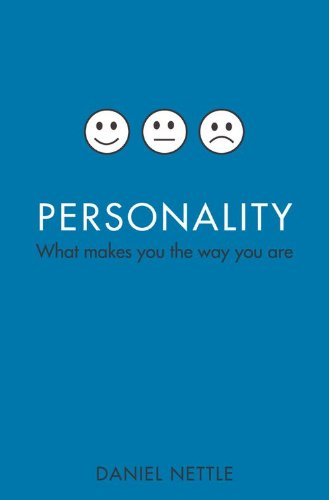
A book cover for Personality: What Makes You the Way You Are; Daniel Nettle; Literature & Fiction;